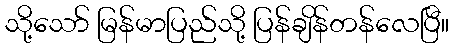
သို့သော် မြန်မာပြည်သို့ ပြန်ချိန်တန်လေပြီ။